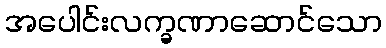
အပေါင်းလက္ခဏာဆောင်သော